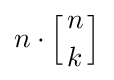
n\cdot \left[{n \atop k}\right]